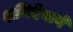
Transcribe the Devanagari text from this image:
शनिदेवाने